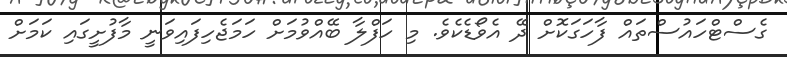
ގެސްޓްހައުސްތައް ފާހަގަކޮށް ދޭ އެވޯޑެކެވެ. މި ހަފްލާ ބޭއްވުމަށް ހަމަޖެހިފައިވަނީ މާފުށީގައި ކަމަށް